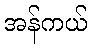
အန်ကယ်